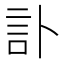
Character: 訃